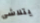
يتلاشى